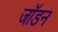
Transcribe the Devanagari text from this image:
जॉडन